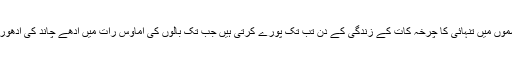
وہ زندگی کے سردو گرم موسموں میں تنہائی کا چرخہ کات کے زندگی کے دن تب تک پورے کرتی ہیں جب تک بالوں کی اماوس رات میں آدھے چاند کی ادھوری چاندنی جھلکنے لگتی ہے ۔